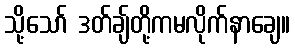
သို့သော် ဒတ်ချ်တို့ကမလိုက်နာချေ။